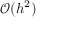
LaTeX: { \mathcal { O } } ( h ^ { 2 } )